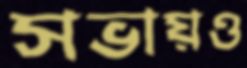
সভায়ও